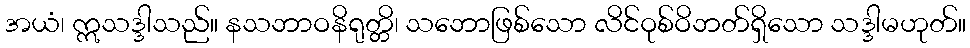
အယံ၊ ဣသဒ္ဒါသည်။ နသဘာဝနိရုတ္တိ၊ သဘောဖြစ်သော လိင်ဝုစ်ဝိဘတ်ရှိသော သဒ္ဒါမဟုတ်။